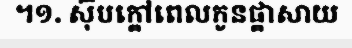
។១. ស៊ុបក្តៅពេលកូនផ្តាសាយ